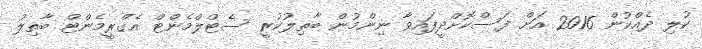
ކުލި ދެއްކުން 2016 އަށް ފަސްކޮށްދީފައިވާ ނިންމުން ބާތިލުކުރީ ސެޓްލްމެންޓް އެގްރީމެންޓް ބާތިލު